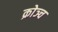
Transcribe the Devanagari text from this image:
क्रोञ्च